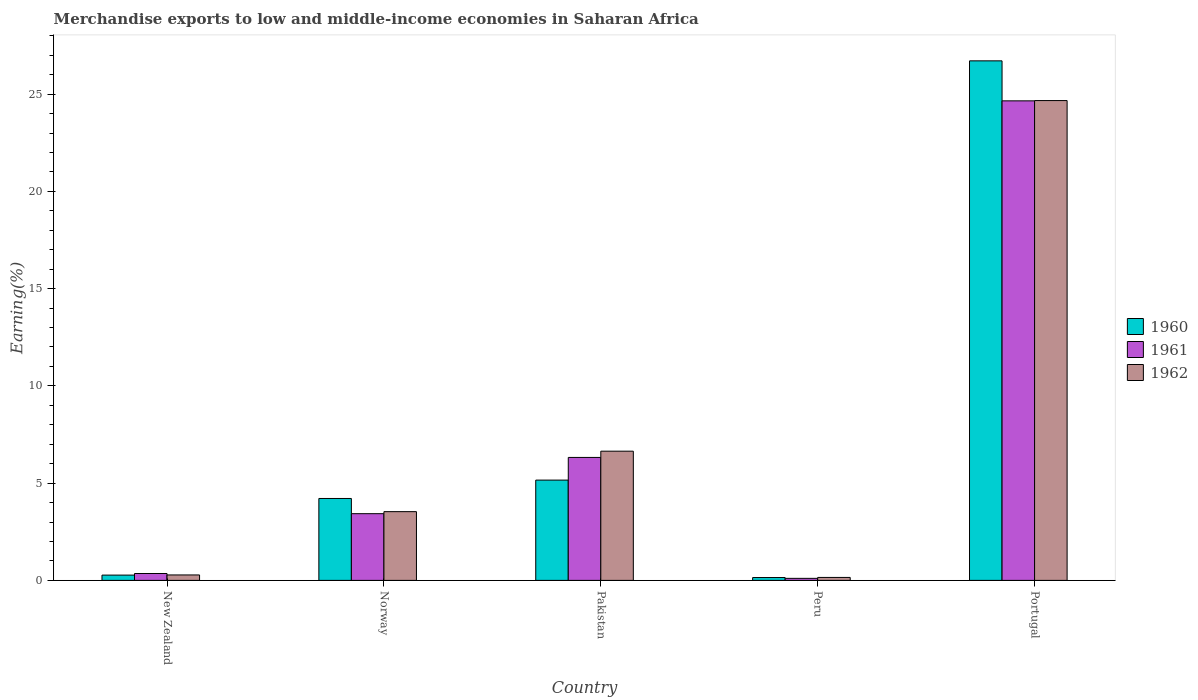
| Country | 1960 | 1961 | 1962 |
 | --- | --- | --- | --- |
 | New Zealand | 0.272 | 0.354 | 0.28 |
 | Norway | 4.21 | 3.43 | 3.53 |
 | Pakistan | 5.16 | 6.32 | 6.64 |
 | Peru | 0.147 | 0.105 | 0.152 |
 | Portugal | 26.7 | 24.7 | 24.7 |